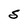
Character: S